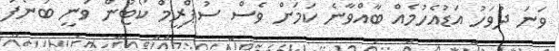
ވަނަ ދުވަހު އަޑުއެހުމެއް ބާއްވާނެ ކަމަށް ވެސް ސުޕްރީމް ކޯޓުން ވަނީ ބުނެފަ